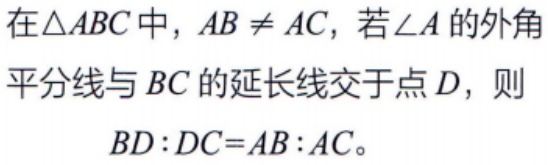
在\(\triangle ABC\)中，\(AB \neq AC\)，若\(\angle A\)的外角平分线与\(BC\)的延长线交于点\(D\)，则
\(BD:DC = AB:AC\)。